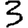
Digit: 3